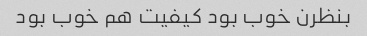
بنظرن خوب بود کیفیت هم خوب بود